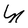
Character: N